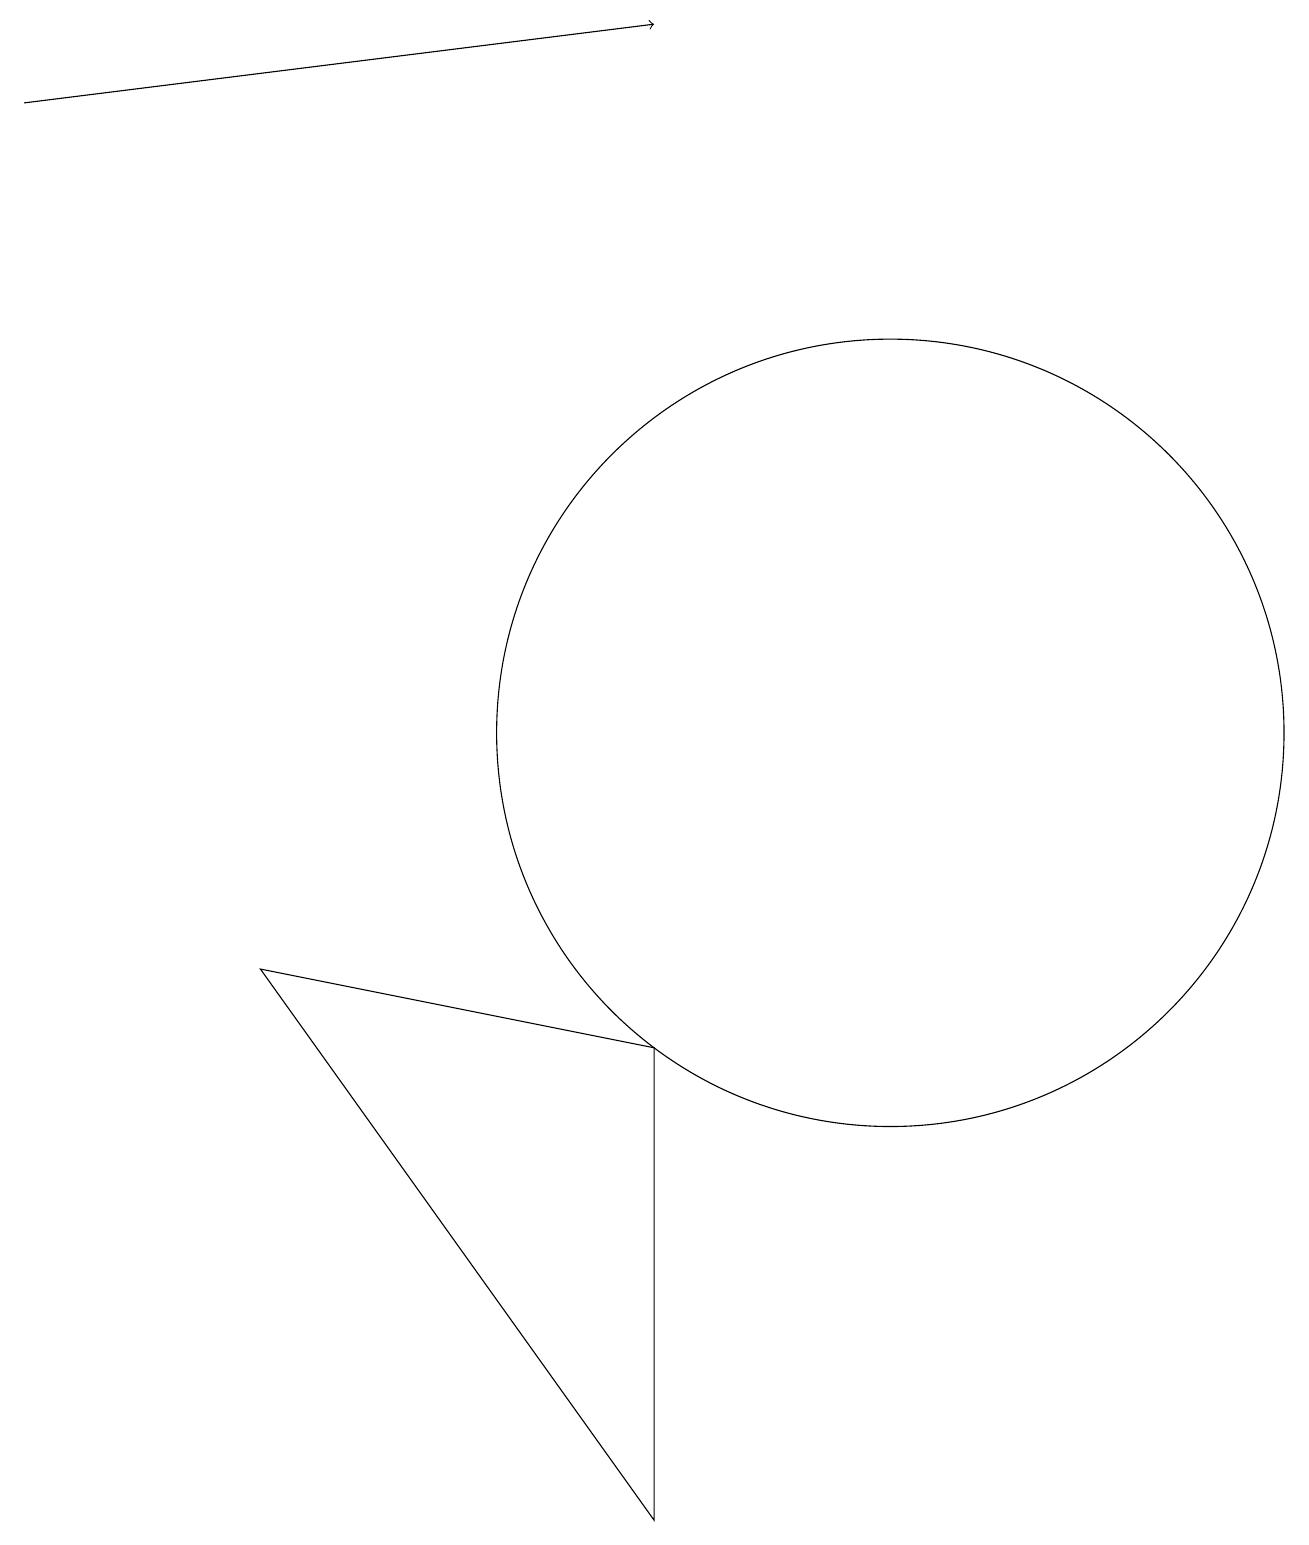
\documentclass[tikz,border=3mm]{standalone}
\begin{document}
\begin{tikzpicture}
\draw (9,0) -- (9,6) -- (4,7) -- cycle;
\draw (12,10) circle (5);
\draw[->] (1,18) -- (9,19);
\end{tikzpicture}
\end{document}